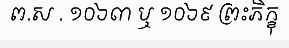
ព.ស . ១០៦៣ ឬ ១០៦៩ ព្រះភិក្ខុ